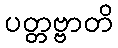
ပတ္တဗ္ဗာတိ